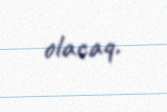
olacaq.